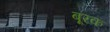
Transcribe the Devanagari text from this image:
बू्रक